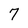
Character: 7